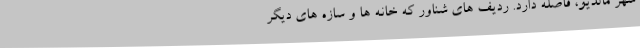
شهر مالدیو، فاصله دارد. ردیف های شناور که خانه ها و سازه های دیگر